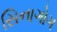
સિનાગોગ